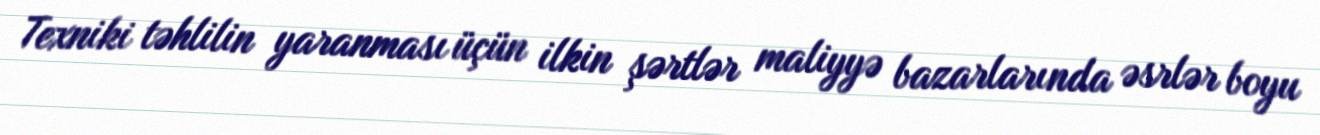
Texniki təhlilin yaranması üçün ilkin şərtlər maliyyə bazarlarında əsrlər boyu